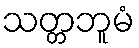
သတ္တဘူမံ